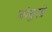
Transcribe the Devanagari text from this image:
घांघुरडे